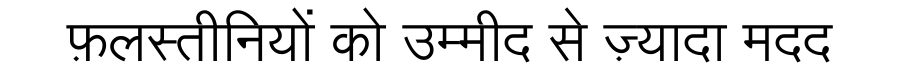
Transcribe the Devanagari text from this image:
फ़लस्तीनियों को उम्मीद से ज़्यादा मदद